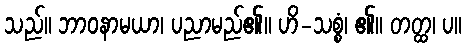
သည်။ ဘာဝနာမယာ၊ ပညာမည်၏။ ဟိ-သစ္စံ၊ ၏။ တတ္ထ၊ ပ။